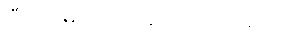
ပြီးရင် ဓါတ်ပုံတွေတင် ပေးမယ်။